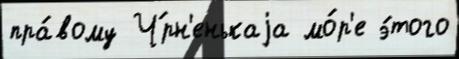
пра́вому Ч́рн'енькаjа мо́р'е э́того